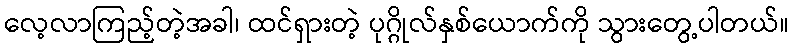
လေ့လာကြည့်တဲ့အခါ၊ ထင်ရှားတဲ့ ပုဂ္ဂိုလ်နှစ်ယောက်ကို သွားတွေ့ပါတယ်။